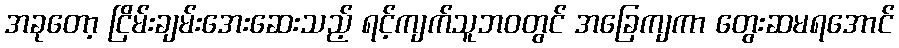
အခုတော့ ငြိမ်းချမ်းအေးဆေးသည့် ရင့်ကျက်သူဘဝတွင် အခြေကျကာ တွေးဆမရအောင်